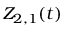
Z _ { 2 , 1 } ( t )